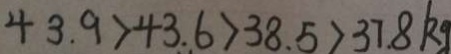
4 3 . 9 > 4 3 . 6 > 3 8 . 5 > 3 7 . 8 k g